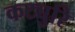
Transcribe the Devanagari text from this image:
कट्युरि